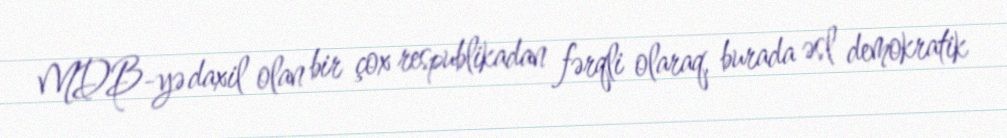
MDB-yə daxil olan bir çox respublikadan fərqli olaraq, burada əsl demokratik